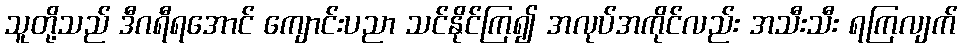
သူတို့သည် ဒီဂရီရအောင် ကျောင်းပညာ သင်နိုင်ကြ၍ အလုပ်အကိုင်လည်း အသီးသီး ရကြလျက်